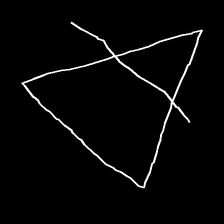
Glyph: empower